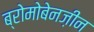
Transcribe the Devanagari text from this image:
ब्रोमोबेनज़ीन